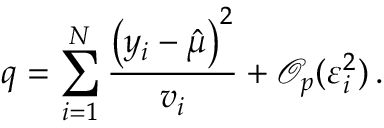
q = \sum _ { i = 1 } ^ { N } \frac { \left( y _ { i } - \hat { \mu } \right) ^ { 2 } } { v _ { i } } + \mathcal { O } _ { p } ( \varepsilon _ { i } ^ { 2 } ) \, .